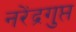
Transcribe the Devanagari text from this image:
नरेंद्रगुप्त